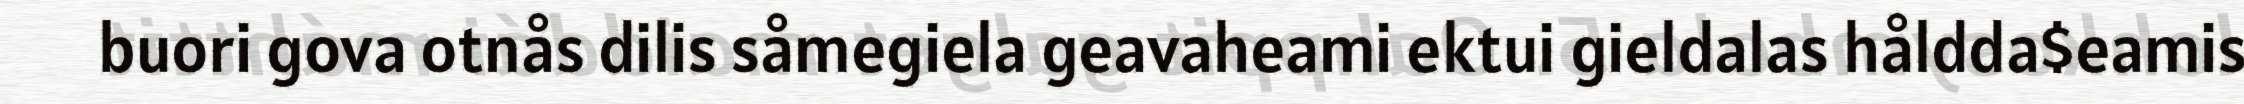
buori gova otnås dilis såmegiela geavaheami ektui gieldalas håldda$eamis